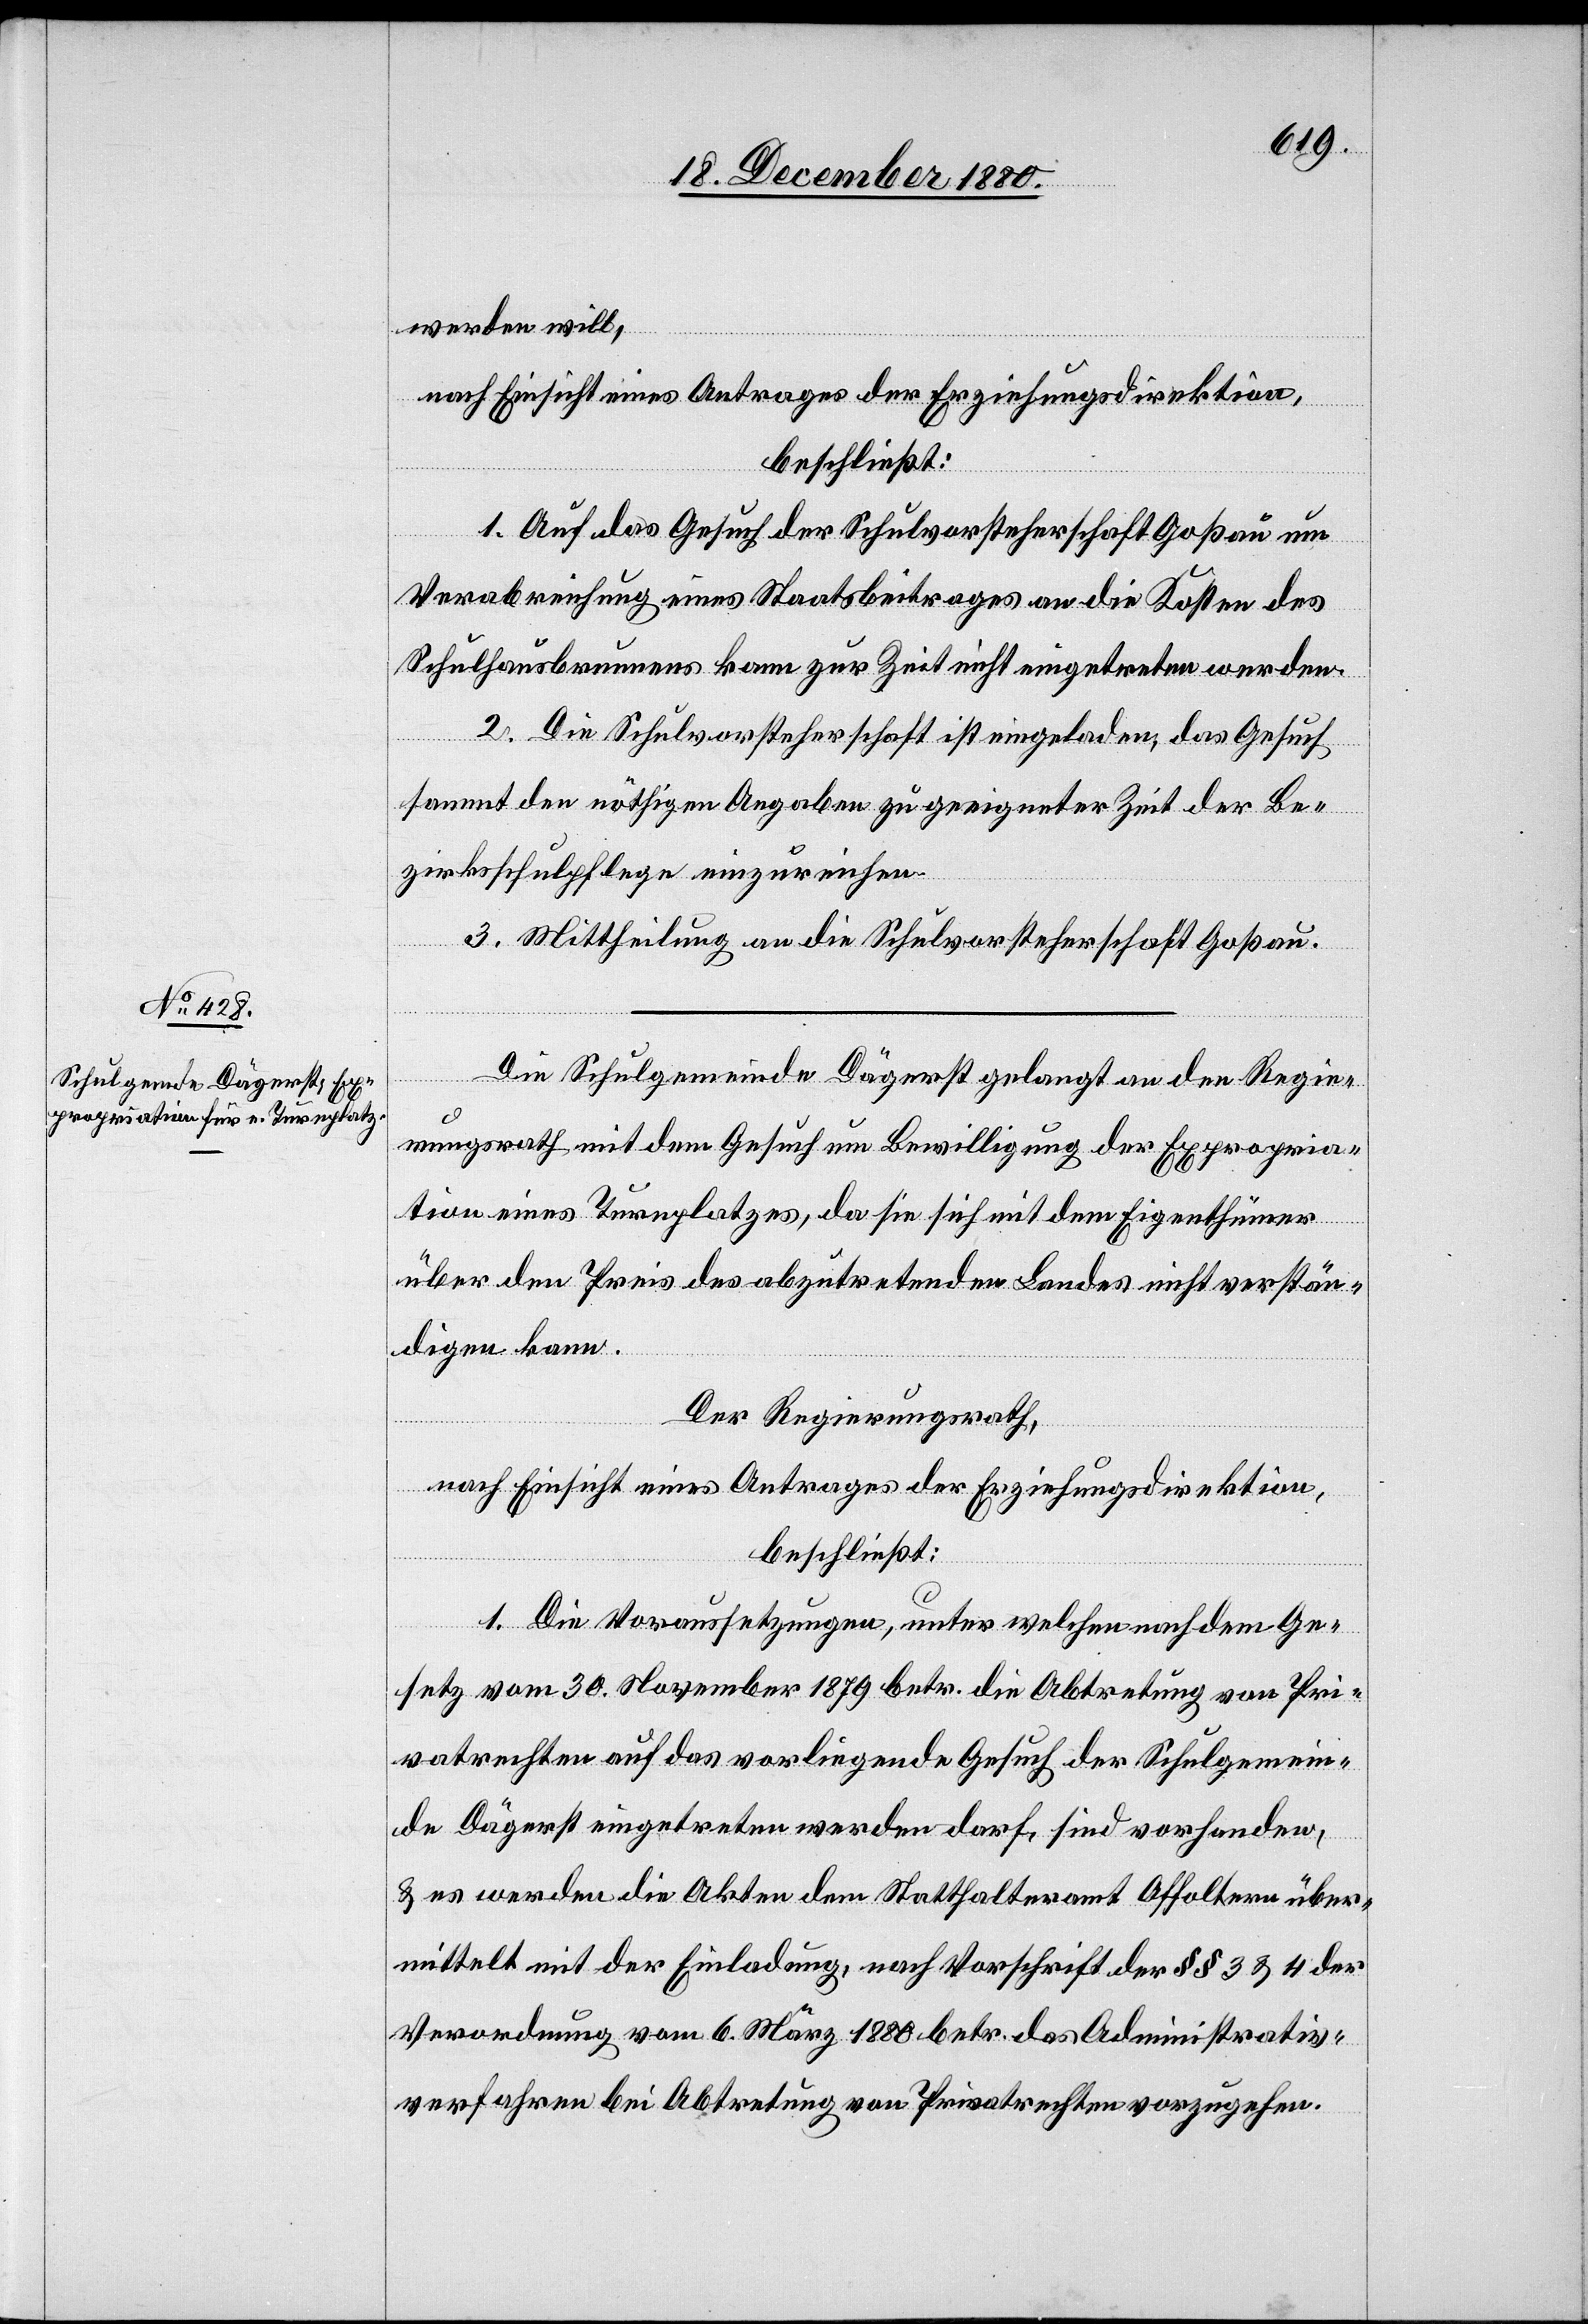
werden will,
nach Einsicht eines Antrages der Erziehungsdirektion,
beschließt:
1. Auf das Gesuch der Schulvorsteherschaft Goßau um
Verabreichung eines Staatsbeitrages an die Kosten des
Schulhausbrunnens kann zur Zeit nicht eingetreten werden.
2. Die Schulvorsteherschaft ist eingeladen, das Gesuch
sammt den nöthigen Angaben zu geeigneter Zeit der Be¬
zirksschulpflege einzureichen.
3. Mittheilung an die Schulvorsteherschaft Goßau.
Die Schulgemeinde Dägerst gelangt an den Regie¬
rungsrath mit dem Gesuch um Bewilligung der Expropria¬
tion eines Turnplatzes, da sie sich mit dem Eigenthümer
über den Preis des abzutretenden Landes nicht verstän¬
digen kann.
Der Regierungsrath,
nach Einsicht eines Antrages der Erziehungsdirektion,
beschließt:
1. Die Voraussetzungen, unter welchen nach dem Ge¬
setz vom 30. November 1879 betr. die Abtretung von Pri¬
vatrechten auf das vorliegende Gesuch der Schulgemein¬
de Dägerst eingetreten werden darf, sind vorhanden,
& es werden die Akten dem Statthalteramt Affoltern über¬
mittelt mit der Einladung, nach Vorschrift der §§ 3 & 4 der
Verordnung vom 6. März 1880 betr. das Administrativ¬
verfahren bei Abtretung von Privatrechten vorzugehen.